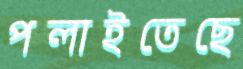
পলাইতেছে